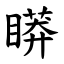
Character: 䁳